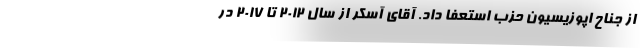
از جناح اپوزیسیون حزب استعفا داد. آقای آسکر از سال ۲۰۱۲ تا ۲۰۱۷ در